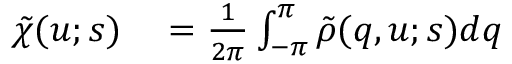
\begin{array} { r l } { \tilde { \chi } ( u ; s ) } & { { } = \frac { 1 } { 2 \pi } \int _ { - \pi } ^ { \pi } \tilde { \rho } ( q , u ; s ) d q } \end{array}